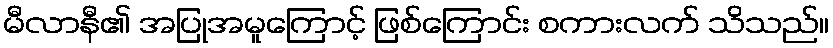
မီလာနီ၏ အပြုအမူကြောင့် ဖြစ်ကြောင်း စကားလက် သိသည်။